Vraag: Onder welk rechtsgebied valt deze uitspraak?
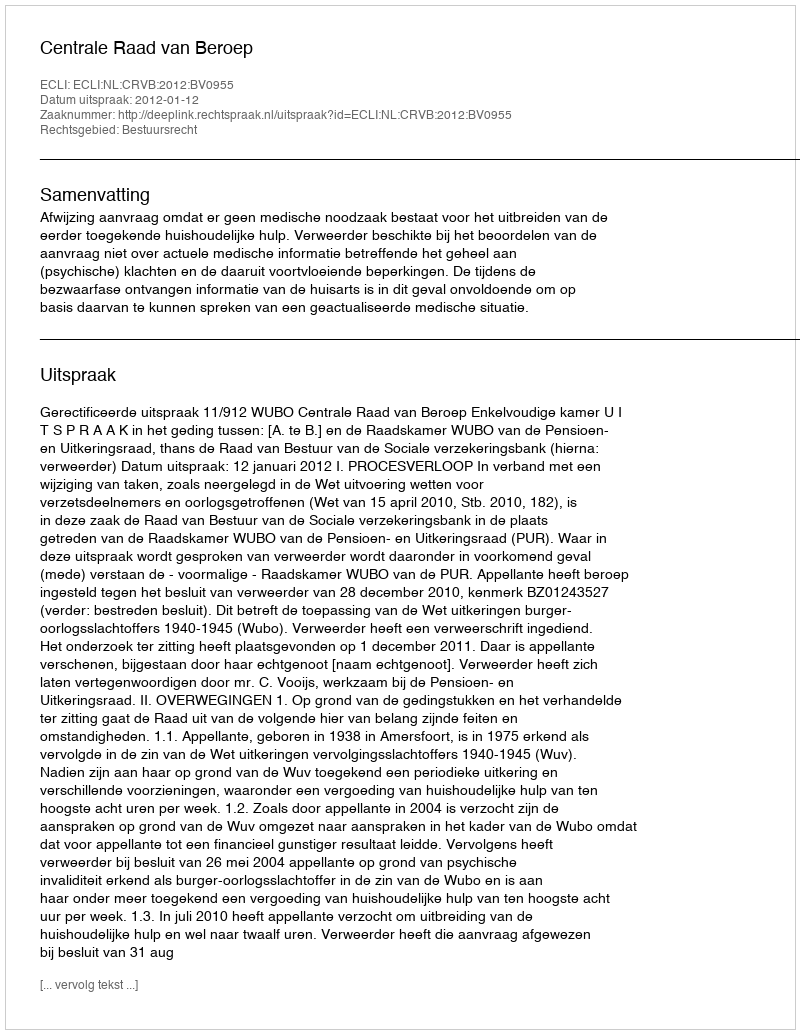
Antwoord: Bestuursrecht